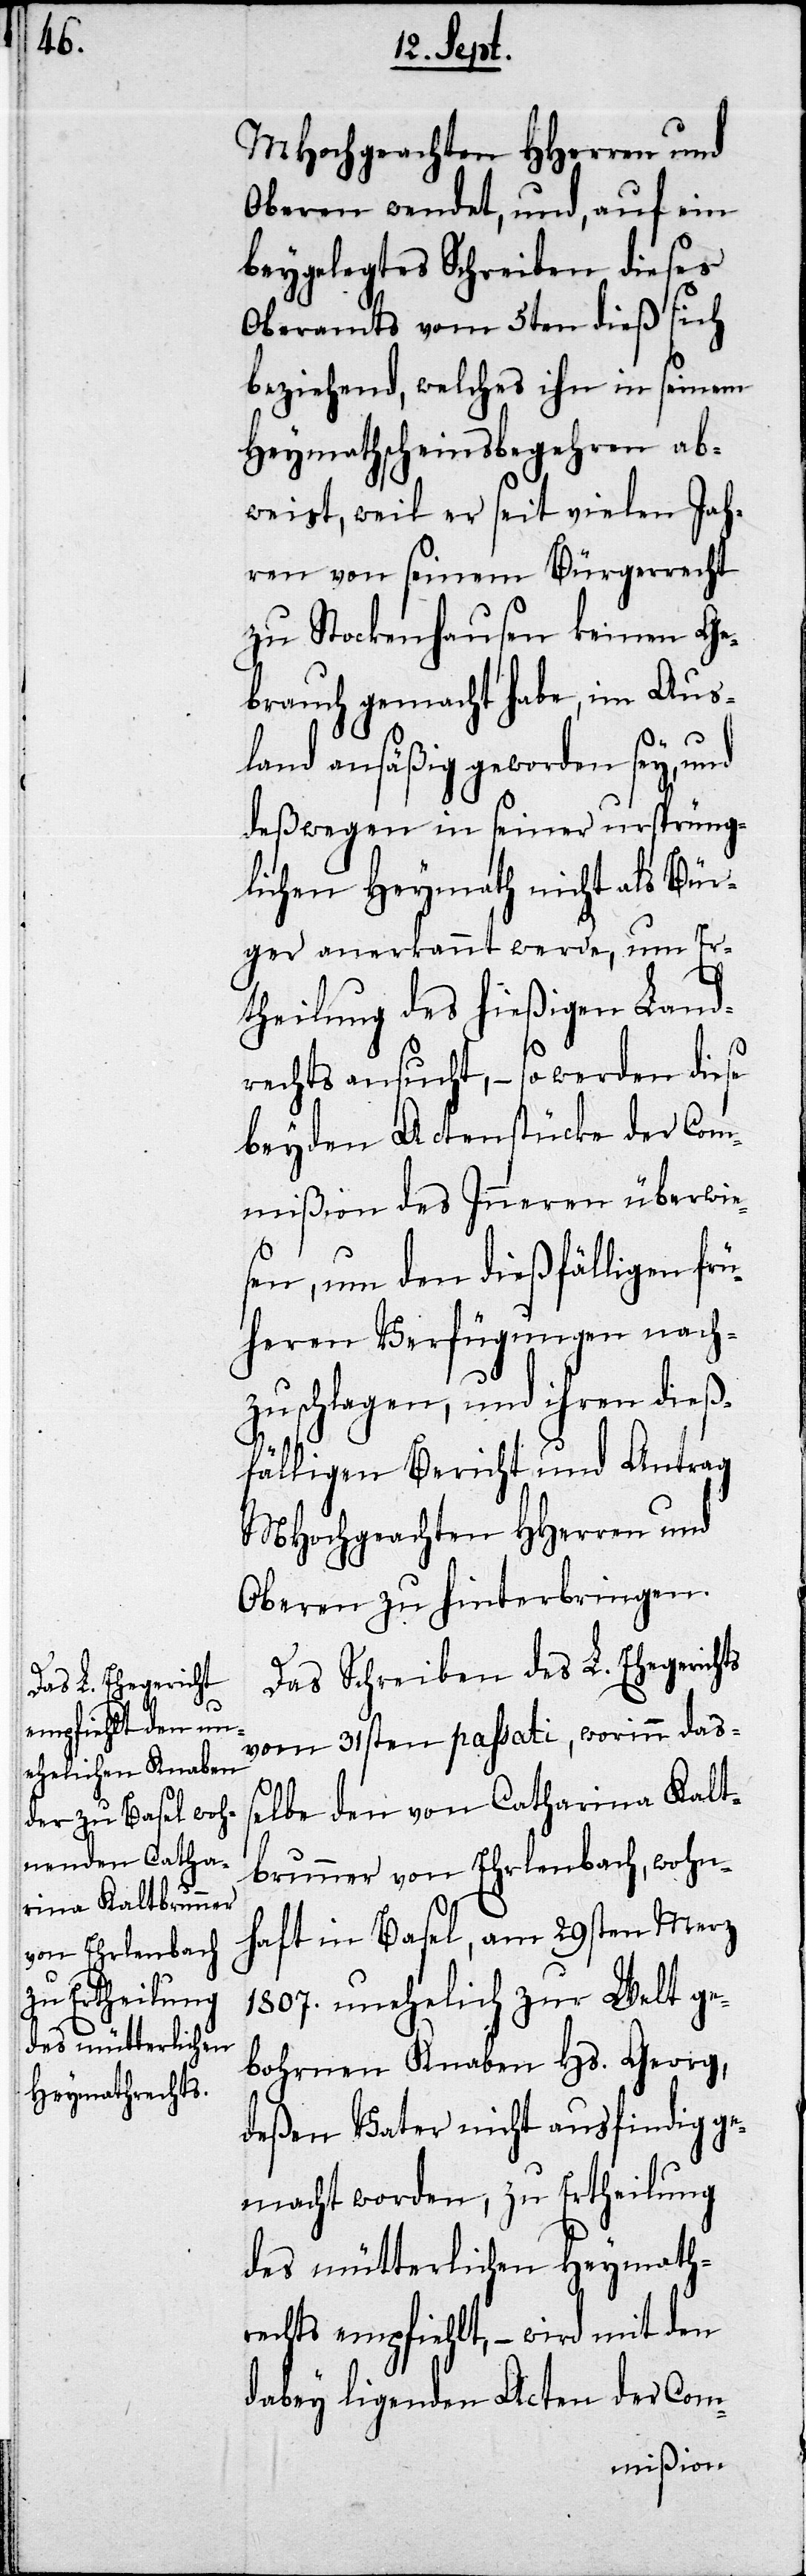
MHochgeachten HHerren und
Oberen wendet, und, auf ein
beygelegtes Schreiben dieses
Oberamts vom 5ten dieß sich
beziehend, welches ihn in seinem
Heymathscheinsbegehren ab¬
weist, weil er seit vielen Jah¬
ren von seinem Bürgerrecht
zu Stockenhausen keinen Ge¬
brauch gemacht habe, im Aus¬
land ansäßig geworden sey, und
deßwegen in seiner ursprüng¬
lichen Heymath nicht als Bür¬
ger anerkannt werde, um Er¬
theilung des hießigen Land¬
rechts ansucht, – so werden diese
beyden Actenstücke der Com¬
mißion des Inneren überwie¬
sen, um den dießfälligen frü¬
heren Verfügungen nach¬
zuschlagen, und ihren dieß¬
fälligen Bericht und Antrag
MHochgeachten HHerren und
Obern zu hinterbringen.
Das Schreiben des L. Ehegerichts
vom 31sten paßati, worinn daß¬
elbe den von Catharina Kalt¬
brunner von Ehrlenbach, wohn¬
haft in Basel, am 29sten Merz
1807. unehelich zur Welt ge¬
bohrnen Knaben Hs. Georg,
deßen Vater nicht ausfindig ge¬
macht worden, zu Ertheilung
des mütterlichen Heymath¬
rechts empfiehlt, – wird mit den
dabey ligenden Acten der Com-